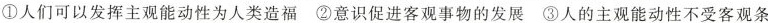
①人们可以发挥主观能动性为人类造福②意识促进客观事物的发展③人的主观能动性不受客观条